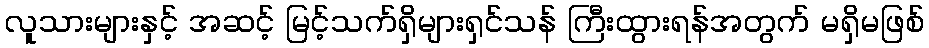
လူသားများနှင့် အဆင့် မြင့်သက်ရှိများရှင်သန် ကြီးထွားရန်အတွက် မရှိမဖြစ်